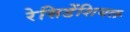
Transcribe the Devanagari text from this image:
रेसिडेंशियल